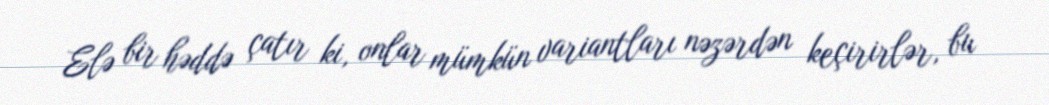
Elə bir həddə çatır ki, onlar mümkün variantları nəzərdən keçirirlər, bu